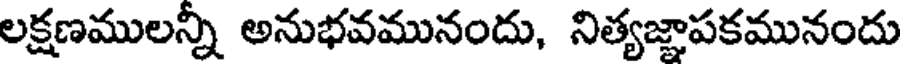
లక్షణములన్నీ అనుభవమునందు, నిత్యజ్ఞాపకమునందు